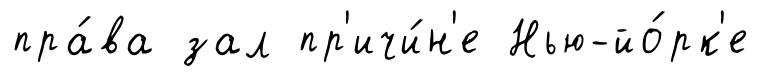
пра́ва зал пр'ичи́н'е Нью-йо́рк'е